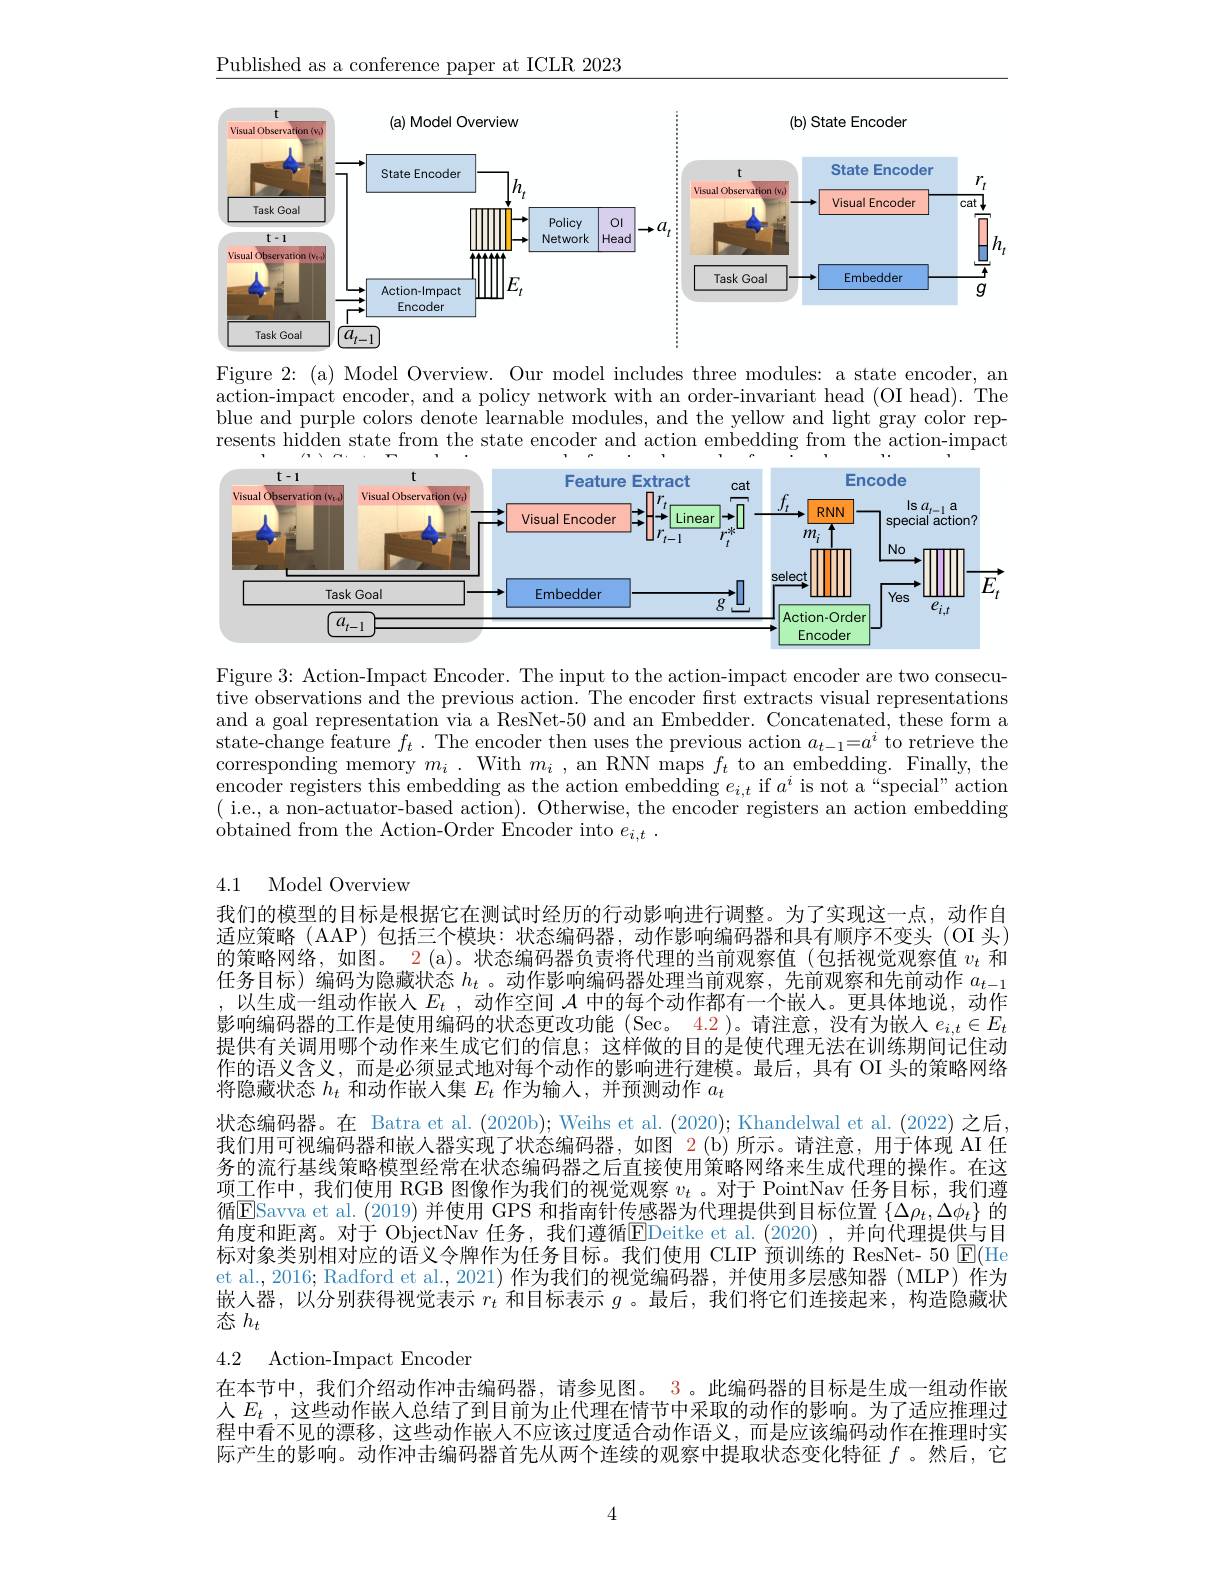
$\underline{\text{Published as a conference paper at ICLR 2023}}$

<FigureHere>

Figure 2: (a) Model Overview. Our model includes three modules: a state encoder, an action-impact encoder, and a policy network with an order-invariant head (OI head). The blue and purple colors denote learnable modules, and the yellow and light gray color represents hidden state from the state encoder and action embedding from the action-impact

<FigureHere>

Figure 3: Action-Impact Encoder. The input to the action-impact encoder are two consecutive observations and the previous action. The encoder first extracts visual representations and a goal representation via a ResNet-50 and an Embedder. Concatenated, these form a state-change feature $f_t.$ The encoder then uses the previous action $a_t-1=a^i$ to retrieve the corresponding memory $m_i$ . With $m_i$ , an RNN maps $f_t$ to an embedding. Finally, the encoder registers this embedding as the action embedding $e_i,t$ if $a^i$ is not a“special”action ( i.e., a non-actuator-based action). Otherwise, the encoder registers an action embedding ${\text{obtained from the Action- Order Encoder into }}e_{i, t}$ .

4.1 Model Overview

我们的模型的目标是根据它在测试时经历的行动影响进行调整。为了实现这一点，动作自适应策略(AAP)包括三个模块：状态编码器，动作影响编码器和具有顺序不变头(OI 头) 的策略网络，如图。2(a)。状态编码器负责将代理的当前观察值(包括视觉观察值$v_t$和任务目标)编码为隐藏状态$h_t$。动作影响编码器处理当前观察，先前观察和先前动作$a_{t-1}$ ,以生成一组动作嵌人$E_t$ ,动作空间$\mathcal{A}$中的每个动作都有一个嵌人。更具体地说，动作影响编码器的工作是使用编码的状态更改功能 (Sec。4.2)。请注意，没有为嵌人$e_i,t\in E_t$ 提供有关调用哪个动作来生成它们的信息；这样做的目的是使代理无法在训练期间记住动作的语义含义，而是必须显式地对每个动作的影响进行建模。最后，具有 OI 头的策略网络将隐藏状态$h_t$和动作嵌人集$E_t$作为输入，并预测动作$a_t$
状态编码器。在 Batra et al.(2020b); Weihs et al.(2020); Khandelwal et al.(2022) 之后， 我们用可视编码器和嵌人器实现了状态编码器，如图 2 (b)所示。请注意，用于体现 AI 任务的流行基线策略模型经常在状态编码器之后直接使用策略网络来生成代理的操作。在这项工作中，我们使用 RGB 图像作为我们的视觉观察$v_t$ 。对于 PointNav 任务目标，我们遵循$\mathbf{E}$Savva et al.(2019) 并使用 GPS 和指南针传感器为代理提供到目标位置 $\{\Delta\rho_t,\Delta\phi_t\}$ 的角度和距离。对于 ObjectNav 任务，我们遵循$\overline{\mathrm{E}}$Deitke et al. (2020) , $\dot{\text{并 向 代 理 提 供 与 目 }}$ 标对象类别相对应的语义令牌作为任务目标。我们使用 CLIP 预训练的 ResNet- 50 ▣(He et al., 2016; Radford et al., 2021) 作为我们的视觉编码器，并使用多层感知器 (MLP) 作为嵌人器，以分别获得视觉表示$r_t$和目标表示$g$ 。最后，我们将它们连接起来，构造隐藏状态$h_t$
4.2 Action-Impact Encoder

在本节中，我们介绍动作冲击编码器，请参见图。3。此编码器的目标是生成一组动作嵌人$E_t$ ,这些动作嵌人总结了到目前为止代理在情节中采取的动作的影响。为了适应推理过程中看不见的漂移，这些动作嵌人不应该过度适合动作语义，而是应该编码动作在推理时实际产生的影响。动作冲击编码器首先从两个连续的观察中提取状态变化特征$f$ 。然后，它

4